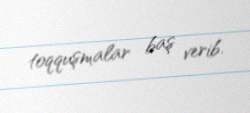
toqquşmalar baş verib.